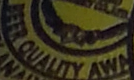
BEER QUALITY AWA